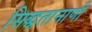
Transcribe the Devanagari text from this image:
सिद्धतानाणी